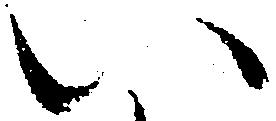
い